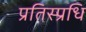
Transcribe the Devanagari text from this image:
प्रतिस्प्रधि